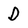
Character: D